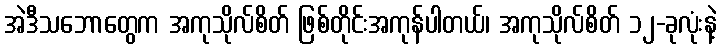
အဲဒီသဘောတွေက အကုသိုလ်စိတ် ဖြစ်တိုင်းအကုန်ပါတယ်၊ အကုသိုလ်စိတ် ၁၂-ခုလုံးနဲ့